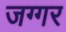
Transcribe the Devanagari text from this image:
जग्गर